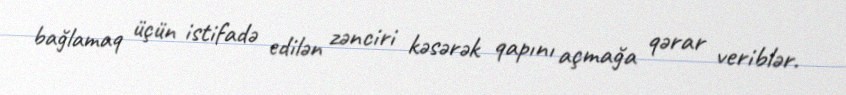
bağlamaq üçün istifadə edilən zənciri kəsərək qapını açmağa qərar veriblər.